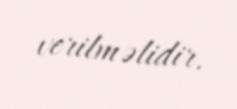
verilməlidir.